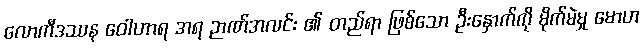
လောကီဒဿန ဝေါဟာရ အရ ဉာဏ်အလင်း ၏ တည်ရာ ဖြစ်သော ဦးနှောက်ကို မိုက်မဲမှု မောဟ